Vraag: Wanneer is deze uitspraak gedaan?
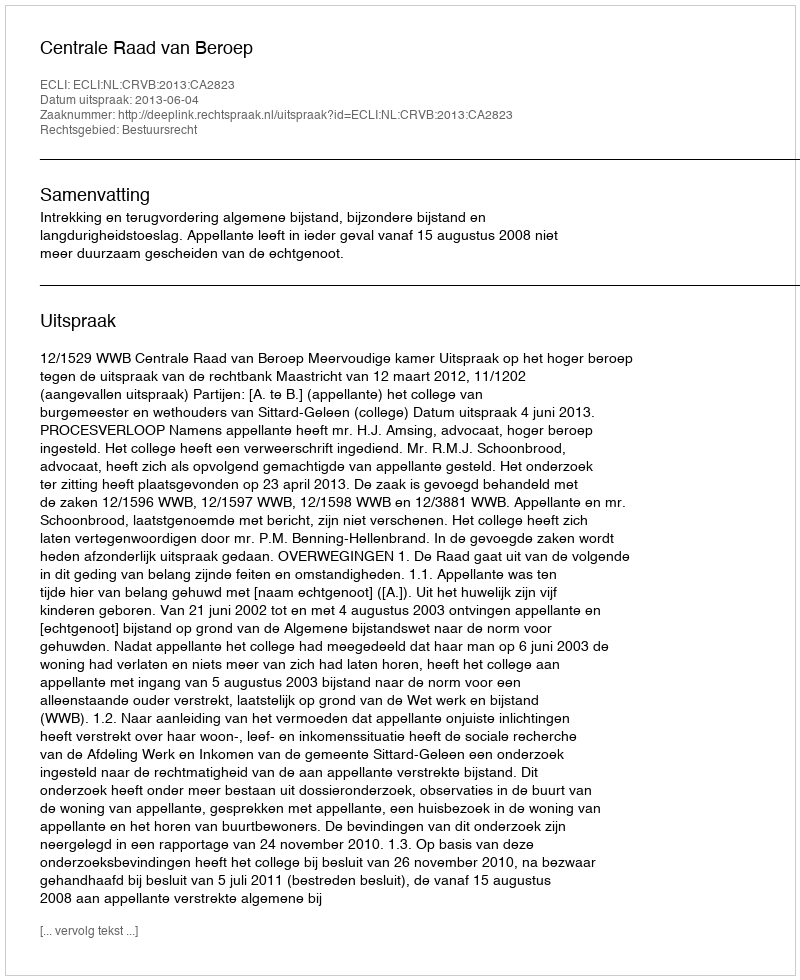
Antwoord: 2013-06-04